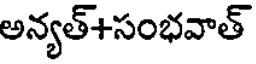
అన్యత్+సంభవాత్